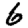
Digit: 6